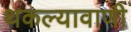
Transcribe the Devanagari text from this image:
थकल्यावाणी